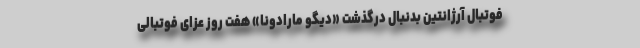
فوتبال آرژانتین بدنبال درگذشت «دیگو مارادونا» هفت روز عزای فوتبالی